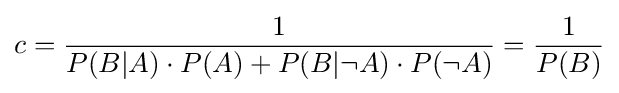
c={\frac {1}{P(B|A)\cdot P(A)+P(B|\neg A)\cdot P(\neg A)}}={\frac {1}{P(B)}}